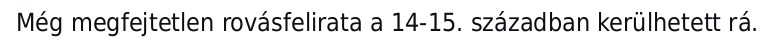
Még megfejtetlen rovásfelirata a 14-15. században kerülhetett rá.